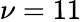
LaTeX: \nu=11